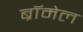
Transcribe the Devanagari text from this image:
ब्रॉमेल